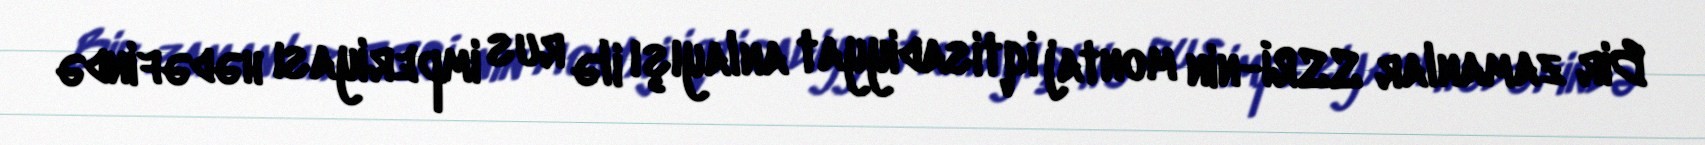
Bir zamanlar SSRİ-nin montaj iqtisadiyyat anlayışı ilə rus imperiyası hədəfində